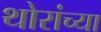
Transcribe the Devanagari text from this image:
थोरांच्या